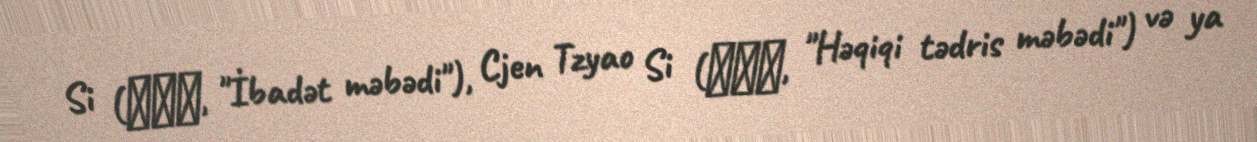
Si (回回寺, "İbadət məbədi"), Cjen Tzyao Si (清净寺, "Həqiqi tədris məbədi") və ya